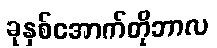
ခုနှစ်အောက်တိုဘာလ